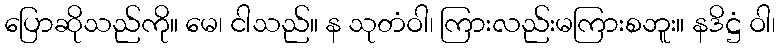
ပြောဆိုသည်ကို။ မေ၊ ငါသည်။ န သုတံဝါ၊ ကြားလည်းမကြားစဘူး။ နဒိဋ္ဌံ ဝါ၊